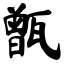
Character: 甑